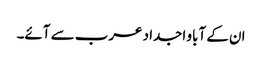
ان کے آباو اجداد عرب سے آئے۔